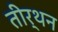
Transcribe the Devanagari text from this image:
तीर्थन